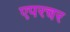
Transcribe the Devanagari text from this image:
एपरचर